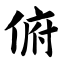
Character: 俯